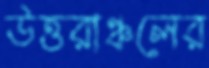
উত্তরাঞ্চলের